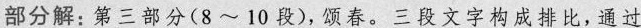
部分解:第三部分(8~10段),颂春。三段文字构成排比，通过